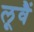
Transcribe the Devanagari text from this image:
लूवैं